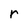
Character: r